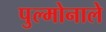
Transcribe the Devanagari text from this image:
पुल्मोनाले